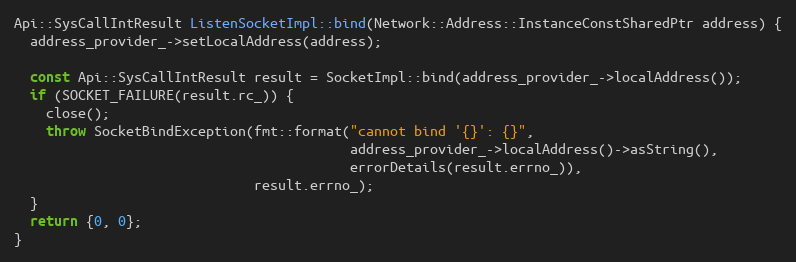
Language: C++
Api::SysCallIntResult ListenSocketImpl::bind(Network::Address::InstanceConstSharedPtr address) {
  address_provider_->setLocalAddress(address);

  const Api::SysCallIntResult result = SocketImpl::bind(address_provider_->localAddress());
  if (SOCKET_FAILURE(result.rc_)) {
    close();
    throw SocketBindException(fmt::format("cannot bind '{}': {}",
                                          address_provider_->localAddress()->asString(),
                                          errorDetails(result.errno_)),
                              result.errno_);
  }
  return {0, 0};
}